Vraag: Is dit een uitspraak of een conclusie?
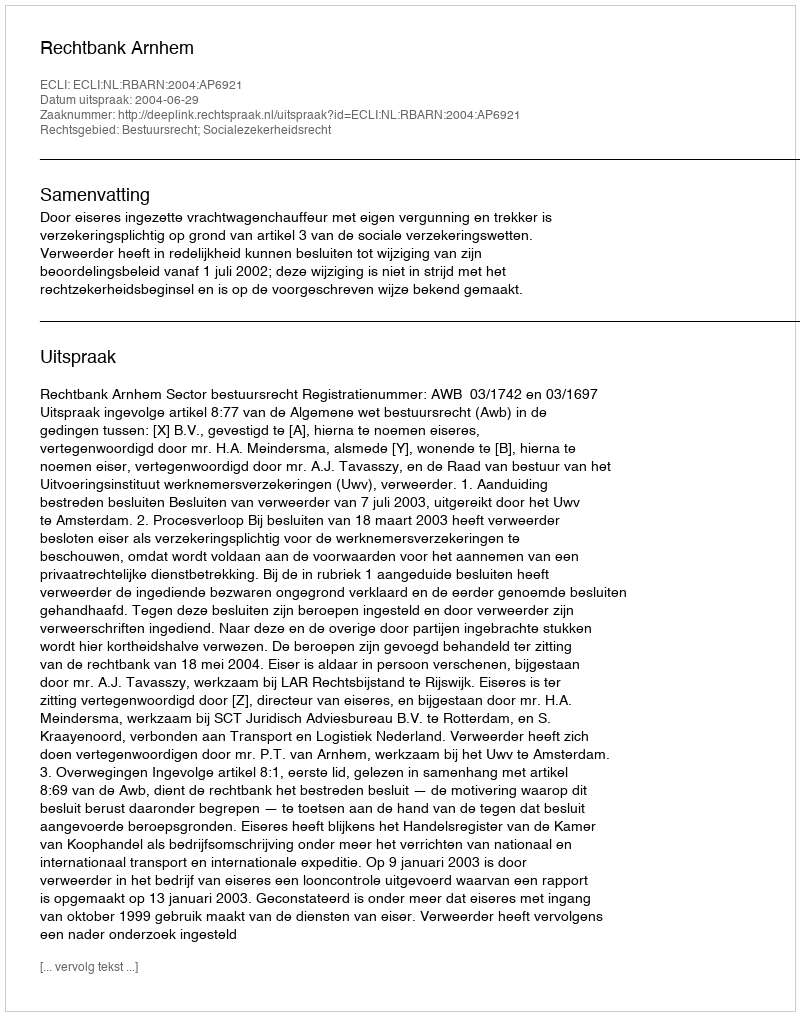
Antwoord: Uitspraak